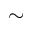
\sim